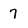
Character: 7